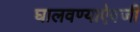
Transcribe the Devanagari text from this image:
घालवण्याऐवजी